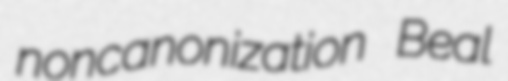
noncanonization Beal